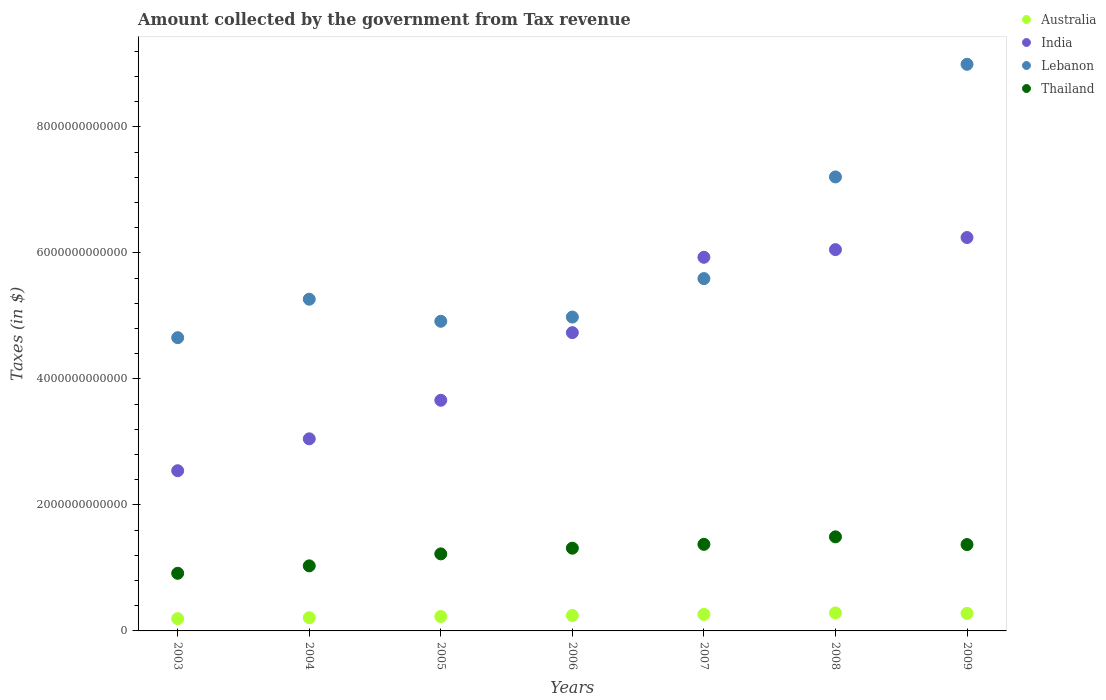
| Years | Australia | India | Lebanon | Thailand |
 | --- | --- | --- | --- | --- |
 | 2003 | 1.95e+11 | 2.54e+12 | 4.66e+12 | 9.15e+11 |
 | 2004 | 2.1e+11 | 3.05e+12 | 5.27e+12 | 1.03e+12 |
 | 2005 | 2.29e+11 | 3.66e+12 | 4.92e+12 | 1.22e+12 |
 | 2006 | 2.45e+11 | 4.74e+12 | 4.98e+12 | 1.31e+12 |
 | 2007 | 2.62e+11 | 5.93e+12 | 5.59e+12 | 1.37e+12 |
 | 2008 | 2.86e+11 | 6.05e+12 | 7.21e+12 | 1.49e+12 |
 | 2009 | 2.78e+11 | 6.25e+12 | 9e+12 | 1.37e+12 |